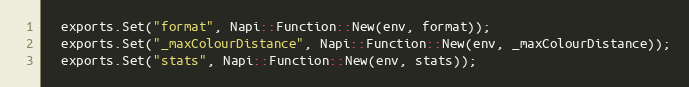
Language: C++
  exports.Set("format", Napi::Function::New(env, format));
  exports.Set("_maxColourDistance", Napi::Function::New(env, _maxColourDistance));
  exports.Set("stats", Napi::Function::New(env, stats));